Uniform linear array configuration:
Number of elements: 48
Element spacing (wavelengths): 0.5
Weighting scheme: hann
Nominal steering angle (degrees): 45
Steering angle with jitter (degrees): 43.624
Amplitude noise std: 0.05
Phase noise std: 0.05

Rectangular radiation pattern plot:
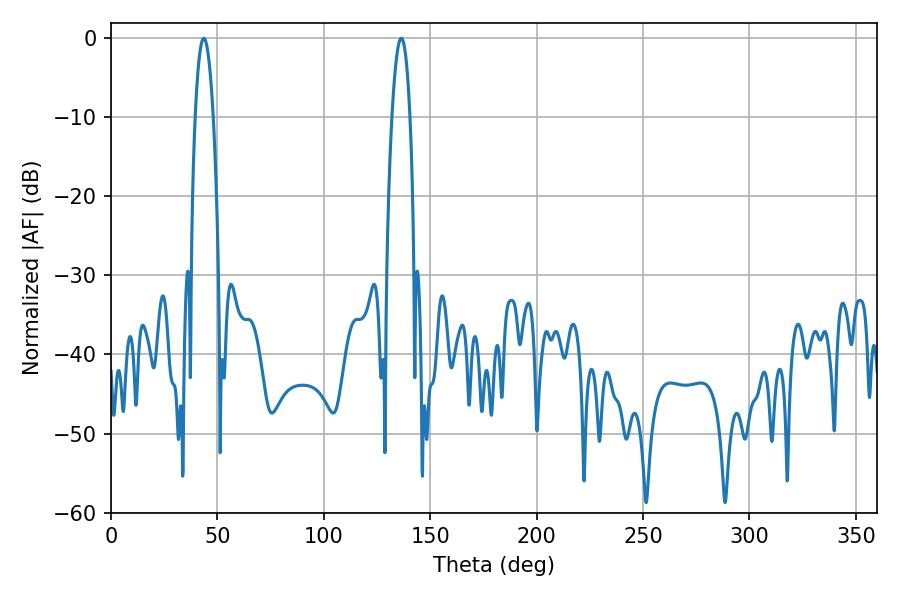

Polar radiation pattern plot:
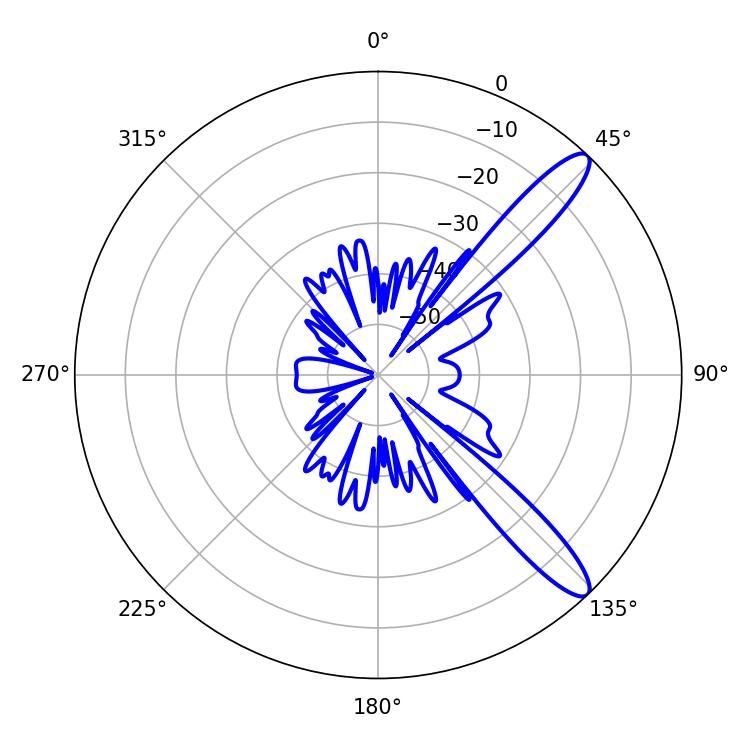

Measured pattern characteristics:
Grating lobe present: FALSE
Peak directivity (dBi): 12.135
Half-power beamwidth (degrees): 4.68
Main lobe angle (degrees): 43.56